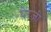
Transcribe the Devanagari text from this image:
घेरज़ी